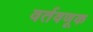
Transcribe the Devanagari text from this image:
वर्तवणूक